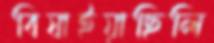
বিষাইয়াছিলি